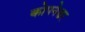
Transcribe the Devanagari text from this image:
कोपनेश्वर